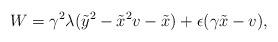
LaTeX: \begin{align*}W = \gamma^2 \lambda ( \tilde{y}^2 - \tilde{x}^2 v - \tilde{x}) + \epsilon (\gamma \tilde{x} - v),\end{align*}